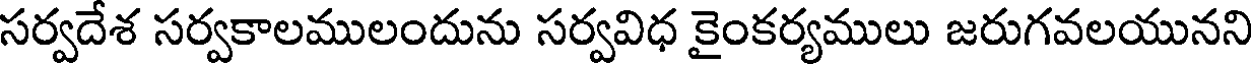
సర్వదేశ సర్వకాలములందును సర్వవిధ కైంకర్యములు జరుగవలయునని